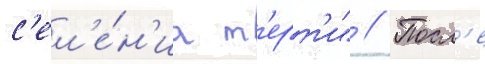
с'ел'е́н'иа т'ерт'и" // Посл'е